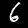
Digit: 6